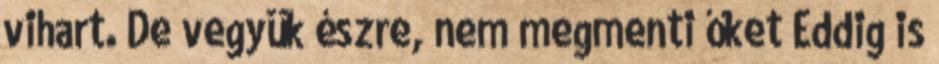
vihart. De vegyük észre, nem megmenti őket Eddig is